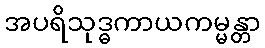
အပရိသုဒ္ဓကာယကမ္မန္တာ